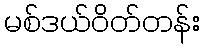
မစ်ဒယ်ဝိတ်တန်း